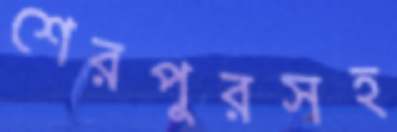
শেরপুরসহ